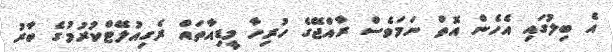
އެ ބިލުގައި އެހެން އޮތް ނަމަވެސް ރާއްޖޭގެ ހުރިހާ މީޑިއާތައް ރެގިއުލޭޓްކުރުމުގެ ބާރު